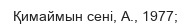
Қимаймын сені, А., 1977;